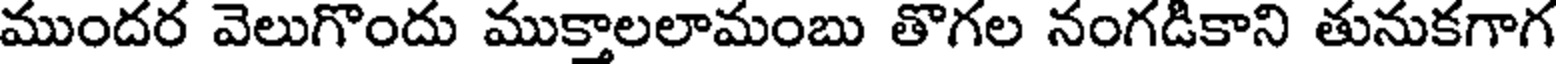
ముందర వెలుగొందు ముక్తాలలామంబు తొగల నంగడికాని తునుకగాగ